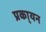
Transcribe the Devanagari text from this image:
प्रका्यन